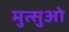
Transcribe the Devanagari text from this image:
मुत्सुओ